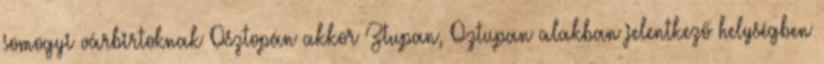
somogyi várbirtoknak Osztopán akkor Ztupan, Oztupan alakban jelentkező helységben